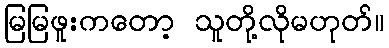
မြမြဖူးကတော့ သူတို့လိုမဟုတ်။